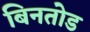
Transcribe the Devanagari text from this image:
बिनतोड